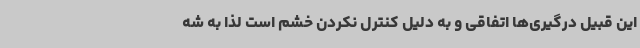
این قبیل درگیری‌ها اتفاقی و به دلیل کنترل نکردن خشم است لذا به شه